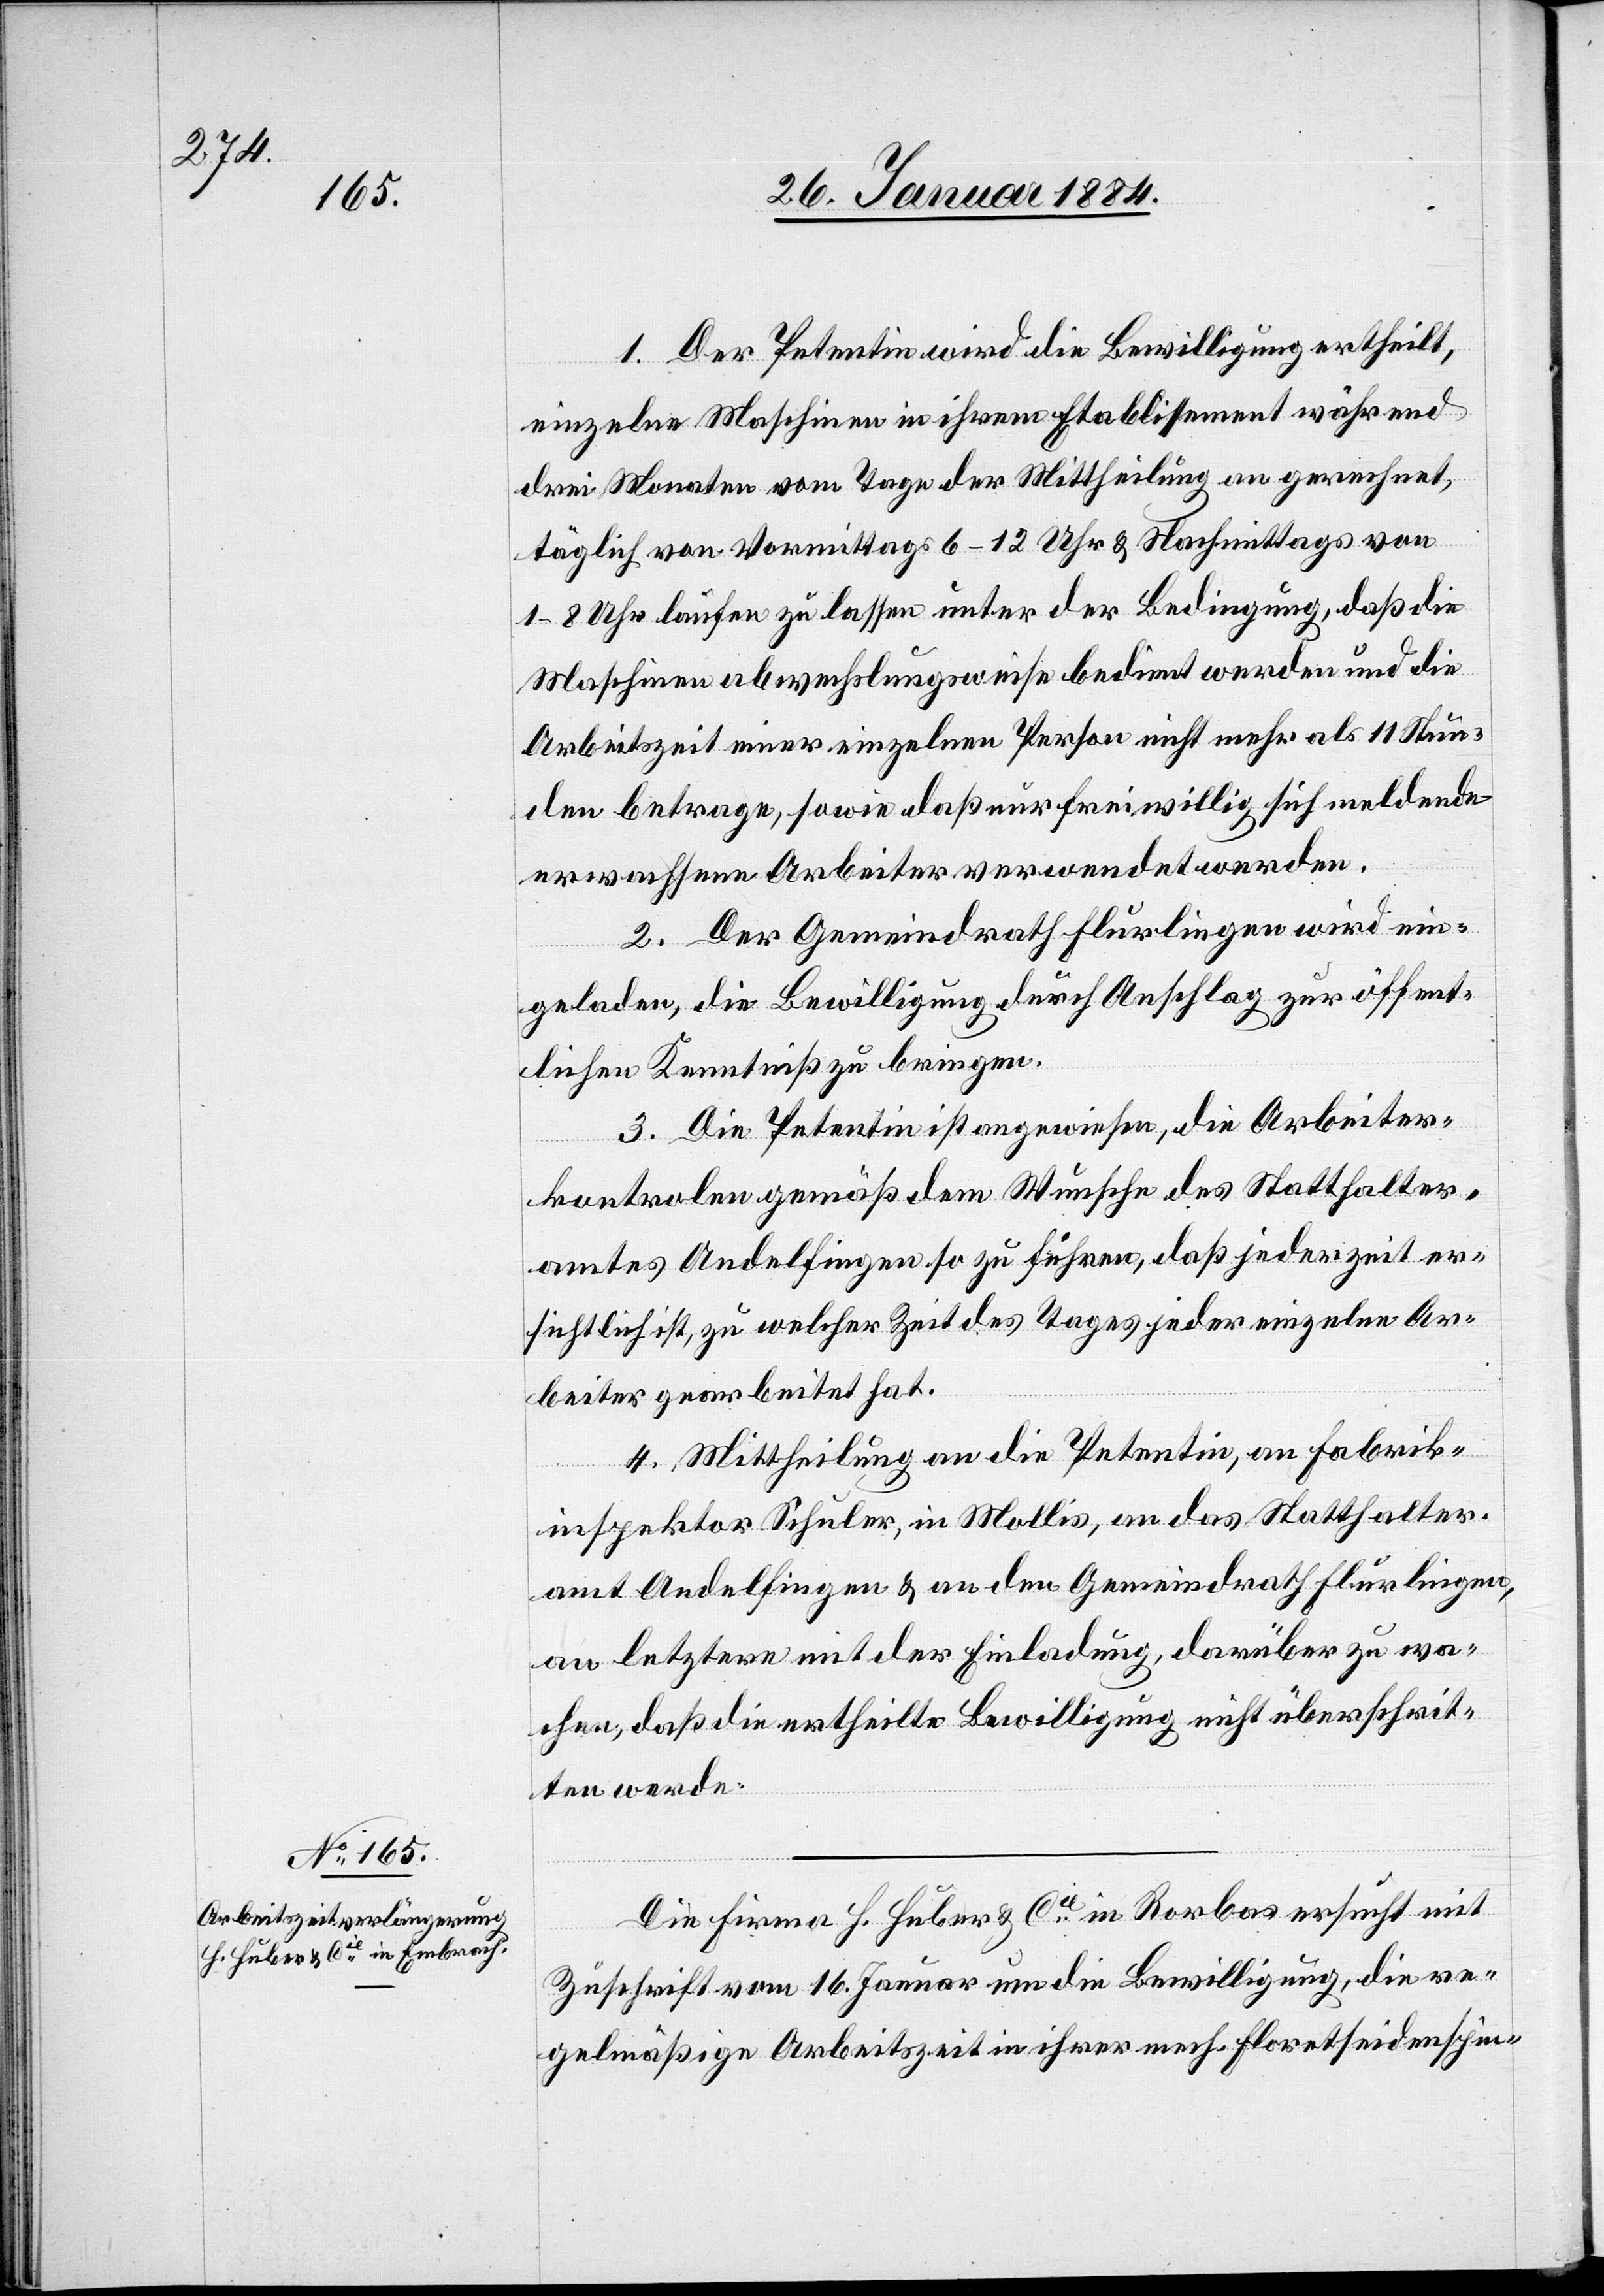
1. Der Petentin wird die Bewilligung ertheilt,
einzelne Maschinen in ihrem Etablissement während
drei Monaten vom Tage der Mittheilung an gerechnet,
täglich von Vormittags 6–12 Uhr & Nachmittags von
1–8 Uhr laufen zu lassen unter der Bedingung, daß die
Maschinen abwechslungsweise bedient werden und die
Arbeitszeit einer einzelnen Person nicht mehr als 11 Stun¬
den betrage, sowie daß nur freiwillig sich meldende
erwachsene Arbeiter verwendet werden.
2. Der Gemeindrath Flurlingen wird ein¬
geladen die Bewilligung durch Anschlag zur öffent¬
lichen Kenntniß zu bringen.
3. Die Petentin ist angewiesen, die Arbeiter¬
kontrolen gemäß dem Wunsche des Statthalter¬
amtes Andelfingen so zu führen, daß jederzeit er¬
sichtlich ist, zu welcher Zeit des Tages jeder einzelne Ar¬
beiter gearbeitet hat.
4. Mittheilung an die Petentin, an Fabrik¬
inspektor Schuler, in Mollis, an das Statthalter¬
amt Andelfingen & an den Gemeindrath Flurlingen,
an letztere mit der Einladung, darüber zu wa¬
chen, daß die ertheilte Bewilligung nicht überschrit¬
ten werde.
Die Firma H. Huber & Cie in Rorbas ersucht mit
Zuschrift vom 16. Januar um die Bewilligung, die re¬
gelmäßige Arbeitszeit in ihrer mech. Floretseidenspin-